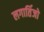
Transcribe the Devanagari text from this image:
लगार्तिजो